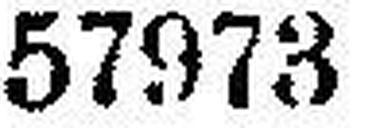
57973